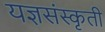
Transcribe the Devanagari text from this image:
यज्ञसंस्कृती